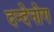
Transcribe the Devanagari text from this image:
दन्देनोग